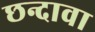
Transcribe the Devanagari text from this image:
छन्दावा